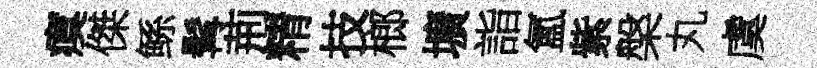
瘼傑鲧髯荊精技榔壙詣氳紫槃丸虞